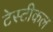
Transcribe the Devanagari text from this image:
टेस्टीकल